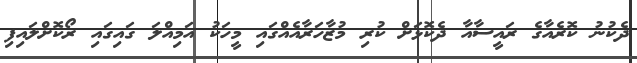
ދެކުނު ކޮރެއާގެ ރައީސާއާ ދެކޮޅަށް ކުރި މުޒާހަރާއެއްގައި މީހަކު އަމިއްލަ ގައިގައި ރޯކޮށްލައިފި